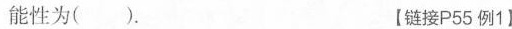
能性为()。 【链接P55例1